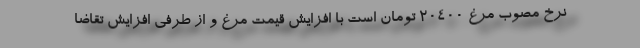
نرخ مصوب مرغ ۲۰۴۰۰ تومان است با افزایش قیمت مرغ و از طرفی افزایش تقاضا